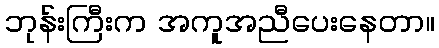
ဘုန်းကြီးက အကူအညီပေးနေတာ။